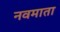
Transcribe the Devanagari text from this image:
नवमाता